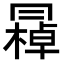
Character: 𠕭